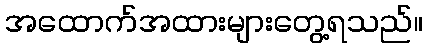
အထောက်အထားများတွေ့ရသည်။